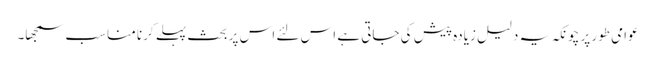
عوامی طور پر چونکہ یہ دلیل زیادہ پیش کی جاتی ہے اس لئے اس پر بحث پہلے کرنا مناسب سمجھا۔